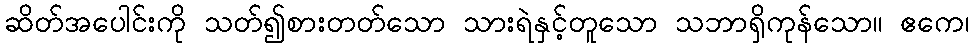
ဆိတ်အပေါင်းကို သတ်၍စားတတ်သော သားရဲနှင့်တူသော သဘာရှိကုန်သော။ ဧကေ၊